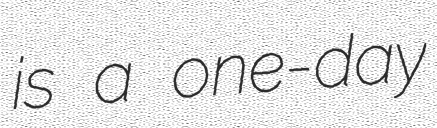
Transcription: is a one-day